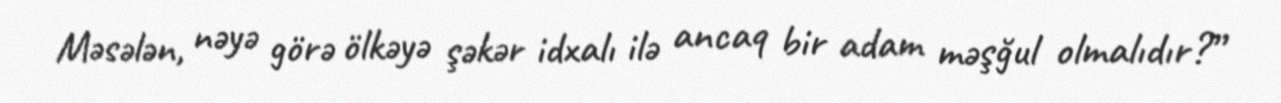
Məsələn, nəyə görə ölkəyə şəkər idxalı ilə ancaq bir adam məşğul olmalıdır?”